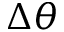
\Delta \theta